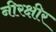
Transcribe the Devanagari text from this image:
नीरक्षीर